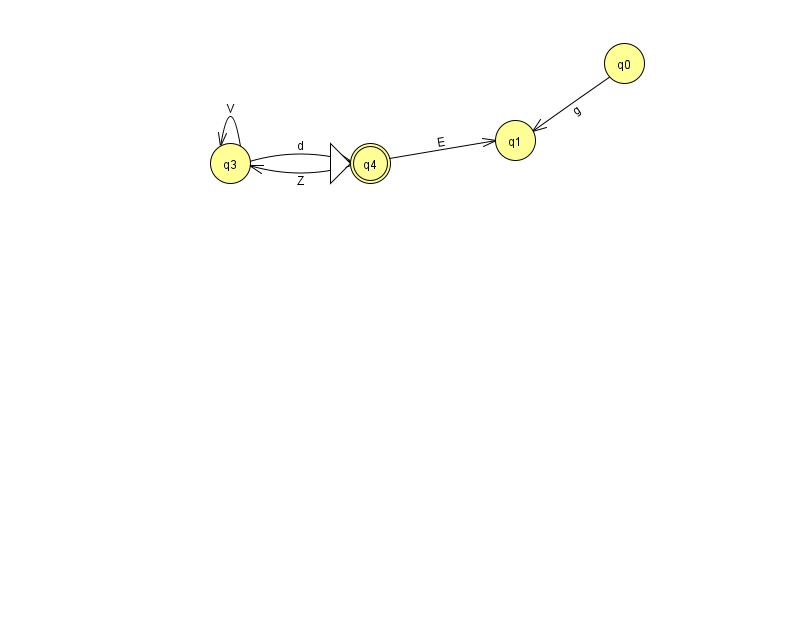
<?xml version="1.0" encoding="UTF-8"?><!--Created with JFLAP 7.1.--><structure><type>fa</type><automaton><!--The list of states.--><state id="0" name="q0"><x>624.0</x><y>50.0</y></state><state id="1" name="q1"><x>515.0</x><y>127.0</y></state><state id="3" name="q3"><x>230.0</x><y>150.0</y></state><state id="4" name="q4"><x>370.0</x><y>150.0</y><initial/><final/></state><!--The list of transitions.--><transition><from>0</from><to>1</to><read>g</read></transition><transition><from>3</from><to>4</to><read>d</read></transition><transition><from>3</from><to>3</to><read>V</read></transition><transition><from>4</from><to>1</to><read>E</read></transition><transition><from>4</from><to>3</to><read>Z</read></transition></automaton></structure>